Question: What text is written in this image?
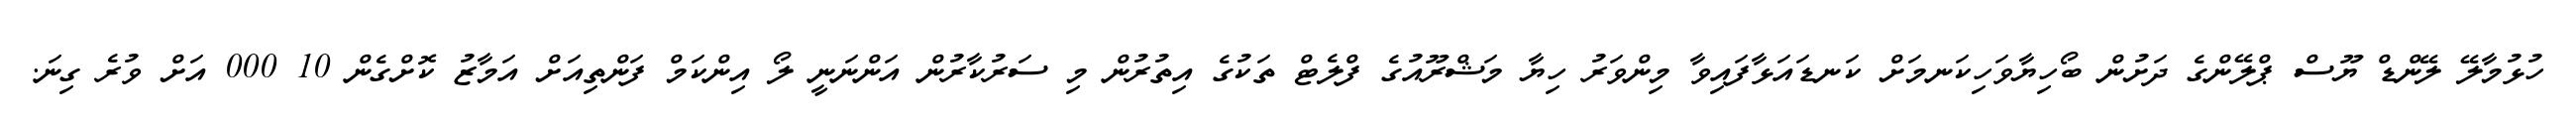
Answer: ހުޅުމާލޭ ލޭންޑް ޔޫސް ޕްލޭންގެ ދަށުން ބޯހިޔާވަހިކަނމަށް ކަނޑައަޅާފައިވާ މިންވަރު ހިޔާ މަޝްރޫއުގެ ފްލެޓް ތަކުގެ އިތުރުން މި ސަރުކާރުން އަންނަނީ ލޯ އިންކަމް ފަންތިއަށް އަމާޒު ކޮށްގެން 10 000 އަށް ވުރެ ގިނަ.